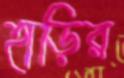
হাড়ির